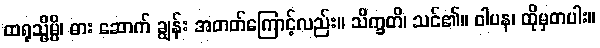
ထရုသ္မိမ္ပိ၊ ဓား ဆောက် ချွန်း အတတ်ကြောင့်လည်း။ သိက္ခတိ၊ သင်၏။ ဝါပန၊ ထိုမှတပါး။